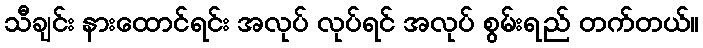
သီချင်း နားထောင်ရင်း အလုပ် လုပ်ရင် အလုပ် စွမ်းရည် တက်တယ်။